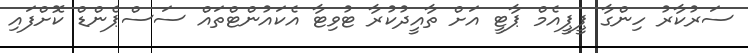
ސަރުކާރު ހިންގާ ޕީޕީއެމް ޕާޓީ އަށް ތާއީދުކުރާ ޓުވިޓާ އެކައުންޓްތައް ސަސްޕެންޑް ކޮށްފައި